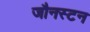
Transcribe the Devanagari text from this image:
जौनस्टन